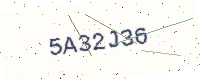
Text: 5A32J36